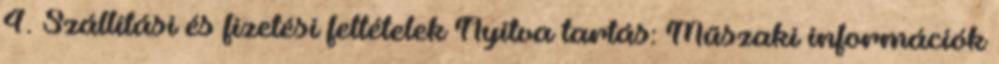
4. Szállítási és fizetési feltételek Nyitva tartás: Műszaki információk